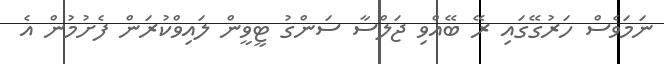
ނަމަވެސް ހަރުގޭގައި ރޭ ބޭއްވި ޖަލްސާ ސަންގު ޓީވީން ލައިވްކުރަން ފެށުމުން އެ